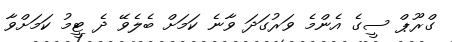
ގްރޫޕް ސީގެ އެންމެ ވަރުގަދަަ ވާނެ ކަމަށް ބެލެވޭ ދެ ޓީމު ކަމަށްވާ